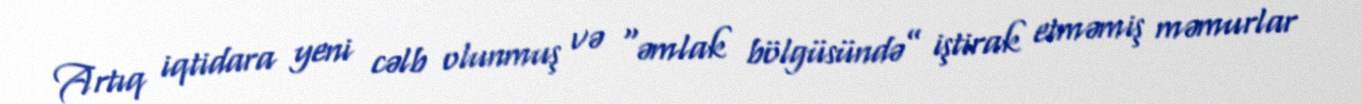
Artıq iqtidara yeni cəlb olunmuş və “əmlak bölgüsündə” iştirak etməmiş məmurlar